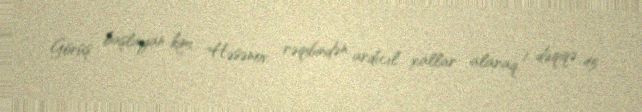
Görüş başlayan kimi Həsənov rəqibindən ardıcıl xallar alaraq, 1 dəqiqə 45